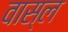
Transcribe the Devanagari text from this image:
वास्ल